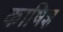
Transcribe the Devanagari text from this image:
काषिज्ञ